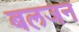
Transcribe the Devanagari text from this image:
बलजन